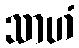
သာဟံ